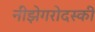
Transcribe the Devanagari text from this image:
नीझेगरोदस्की